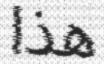
هذا